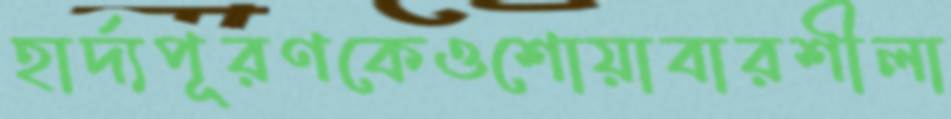
হার্দ্যপূরণকেওশোয়াবারশীলা